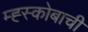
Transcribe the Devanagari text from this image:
म्ह्स्कोबाची